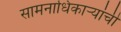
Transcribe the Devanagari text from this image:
सामनाधिकार्‍यांची